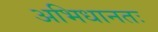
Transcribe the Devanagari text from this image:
अभिधानतः